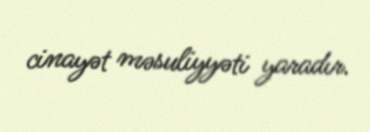
cinayət məsuliyyəti yaradır.